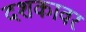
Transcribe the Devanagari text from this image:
दशकावर